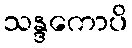
သန္ဒကောပိ